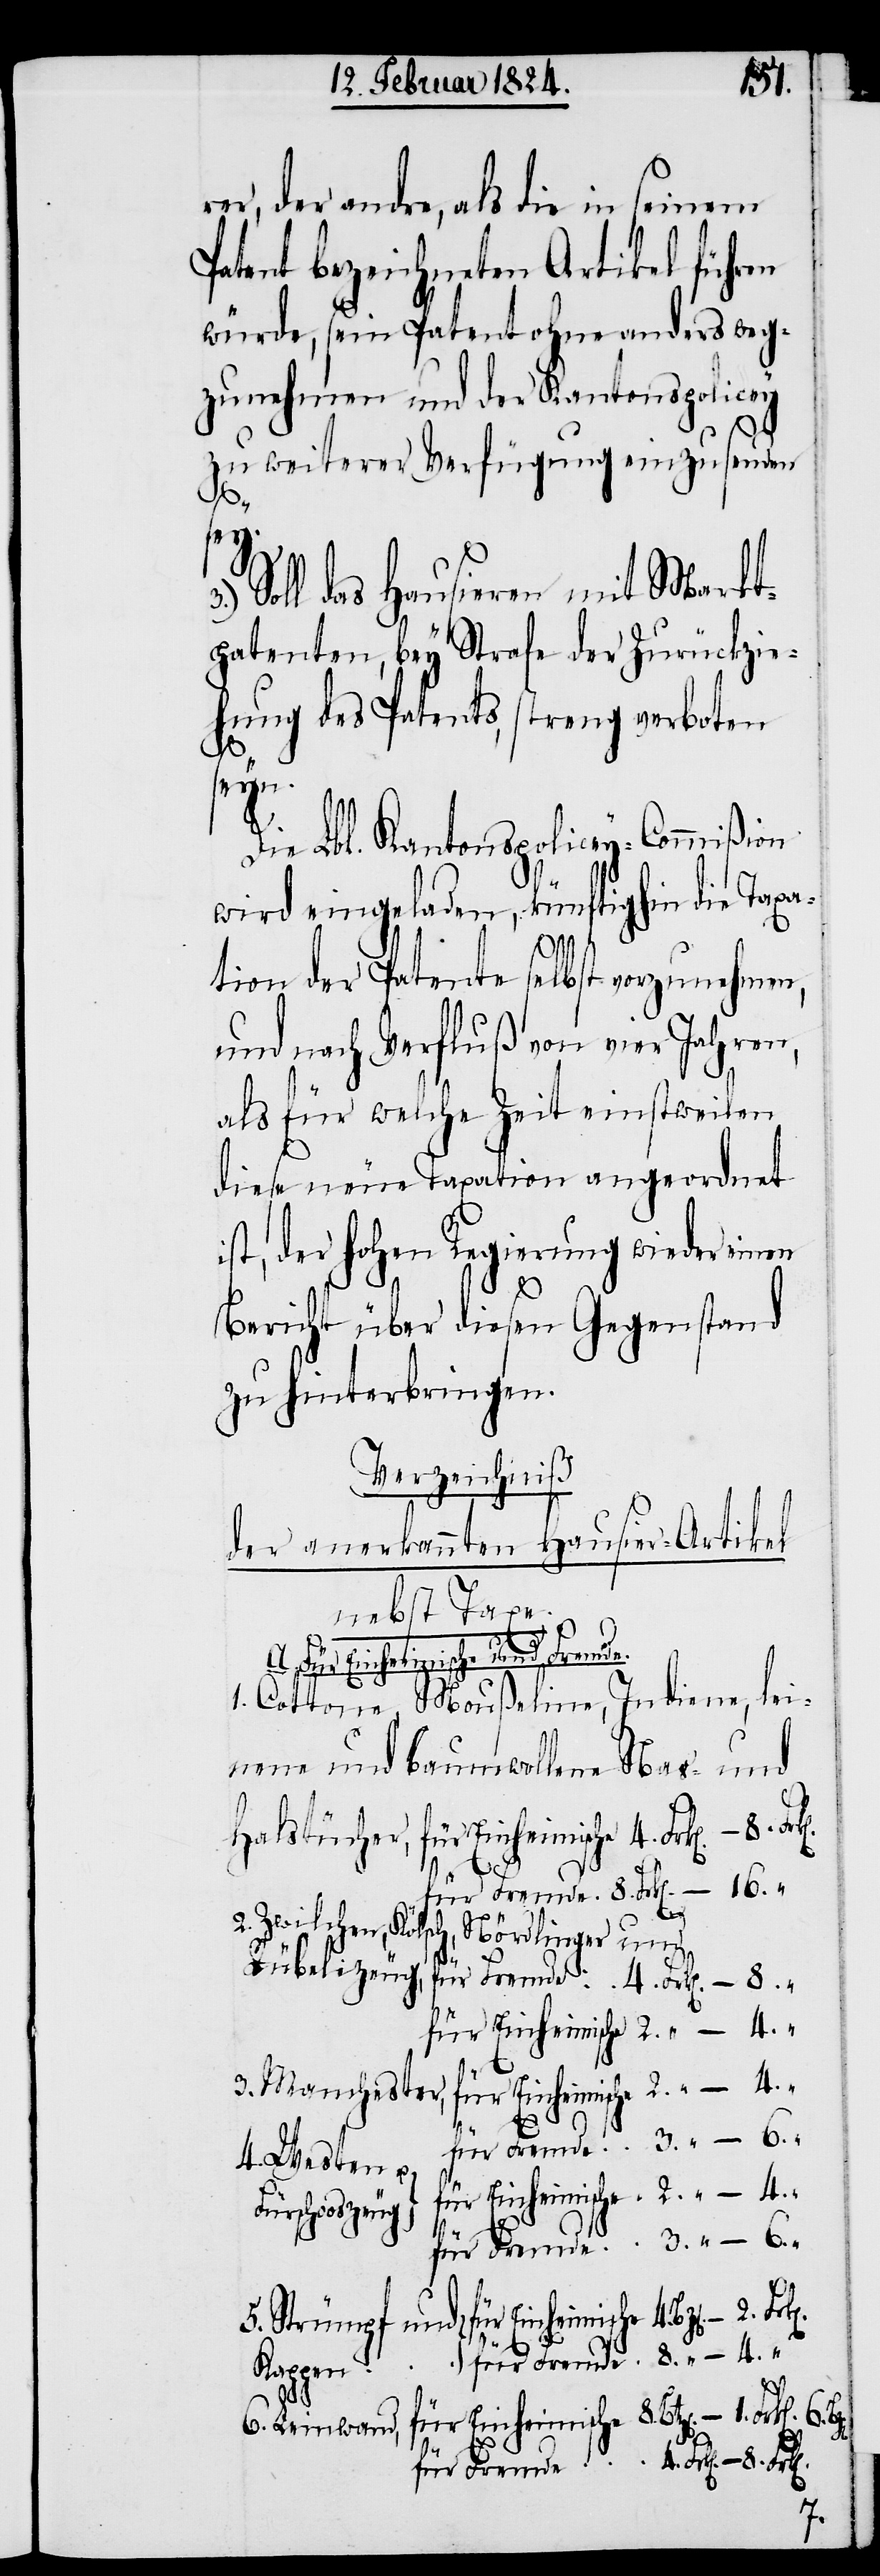
er, der andre, als die in seinem
Patent bezeichneten Artikel führen
würde, sein Patent ohne anders weg¬
zunehmen und der Kantonspolicey
3. “
zu weiterer Verfügung einzusenden
Soll das Hausieren mit Markt¬
patenten, bey Strafe der Zurückzie¬
hung des Patents, streng verboten
seyn.
Die Lbl. Kantonspolicey-Commißion
wird eingeladen, künftighin die Taxa¬
1.
tion der Patente selbst vorzunehmen,
und nach Verfluß von vier Jahren,
als für welche Zeit einstweilen
diese neue Taxation angeordnet
ist, der hohen Regierung wieder einen
5.
–
Bericht über diesen Gegenstand
zu hinterbringen.
Verzeichniß
der anerkannten Hausier-Artikel
nebst Taxe.
für Einheimische
1. Cottone Moußeline, Indiene, lei¬
nene und baumwollene Nas- und
– 2.
8.
2. Zwilchen, Kölsch, Nördlinger und
“
3. Manchester,
4. Westen u.
Fürschooszeug
Kappen
6. Leinwand,
4.
für Fremde